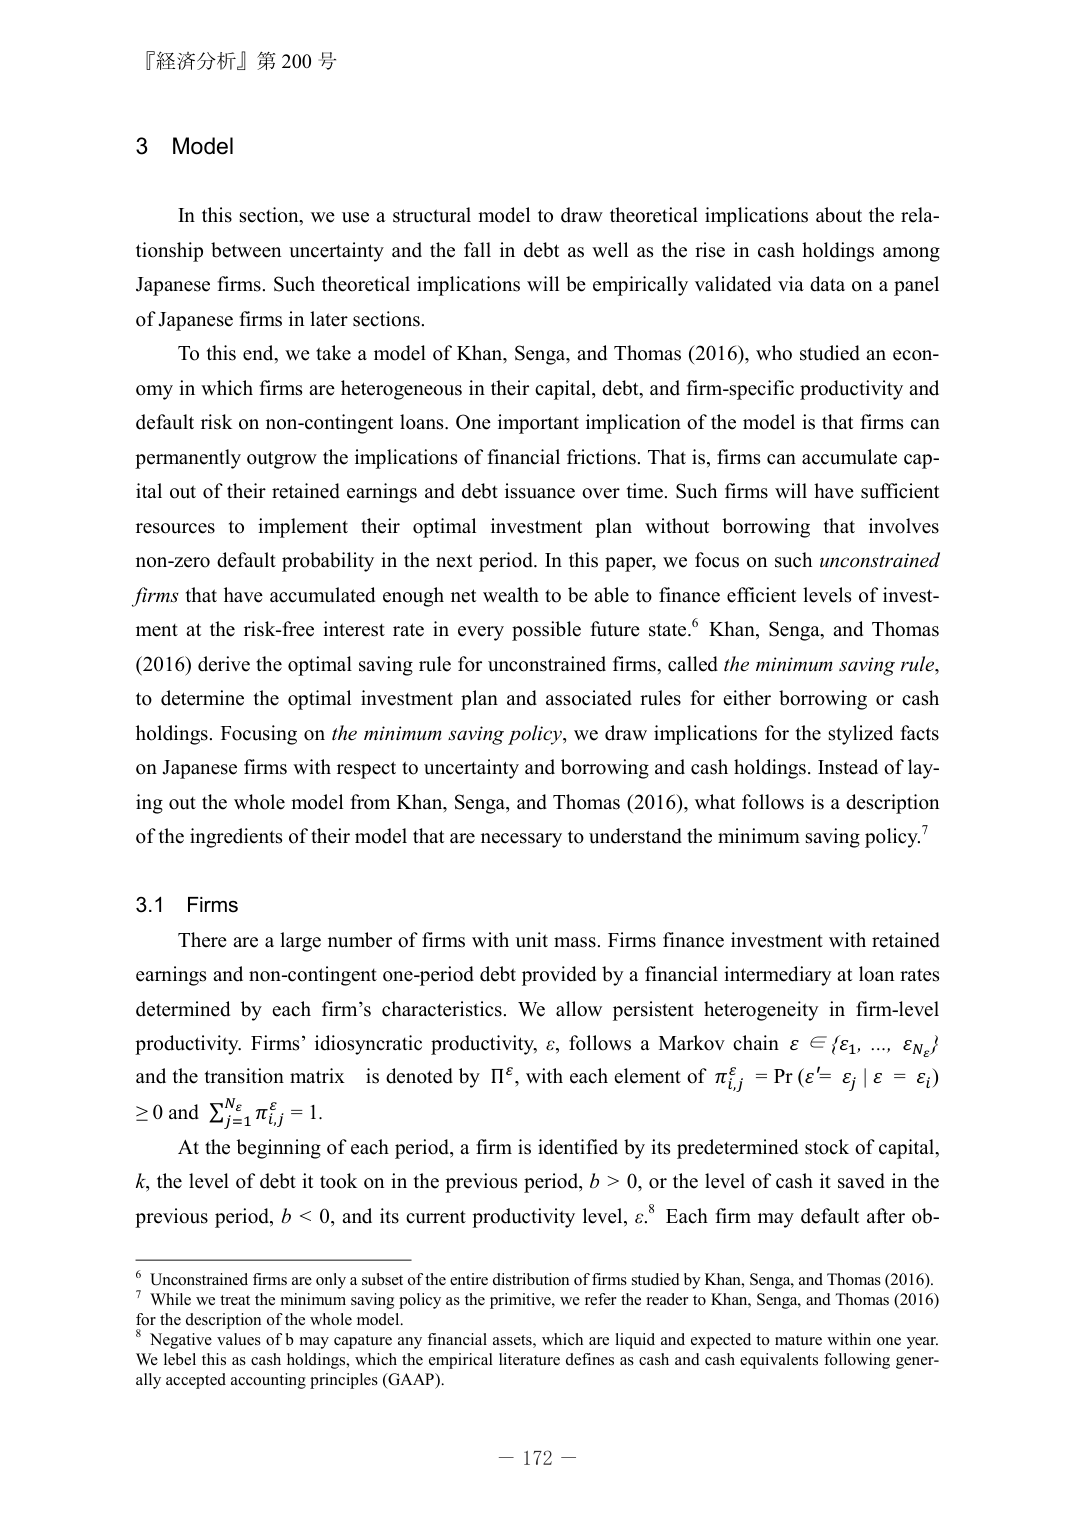
『経済分析』第200号

3 Model

In this section, we use a structural model to draw theoretical implications about the relationship between uncertainty and the fall in debt as well as the rise in cash holdings among Japanese firms. Such theoretical implications will be empirically validated via data on a panel of Japanese firms in later sections.

To this end, we take a model of Khan, Senga, and Thomas (2016), who studied an economy in which firms are heterogeneous in their capital, debt, and firm-specific productivity and default risk on non-contingent loans. One important implication of the model is that firms can permanently outgrow the implications of financial frictions. That is, firms can accumulate capital out of their retained earnings and debt issuance over time. Such firms will have sufficient resources to implement their optimal investment plan without borrowing that involves non-zero default probability in the next period. In this paper, we focus on such unconstrained firms that have accumulated enough net wealth to be able to finance efficient levels of investment at the risk-free interest rate in every possible future state.⁶ Khan, Senga, and Thomas (2016) derive the optimal saving rule for unconstrained firms, called the minimum saving rule, to determine the optimal investment plan and associated rules for either borrowing or cash holdings. Focusing on the minimum saving policy, we draw implications for the stylized facts on Japanese firms with respect to uncertainty and borrowing and cash holdings. Instead of laying out the whole model from Khan, Senga, and Thomas (2016), what follows is a description of the ingredients of their model that are necessary to understand the minimum saving policy.⁷

3.1 Firms

There are a large number of firms with unit mass. Firms finance investment with retained earnings and non-contingent one-period debt provided by a financial intermediary at loan rates determined by each firm’s characteristics. We allow persistent heterogeneity in firm-level productivity. Firms’ idiosyncratic productivity, ε, follows a Markov chain ε ∈ {ε₁,..., εₙₑ} and the transition matrix is denoted by Π^ε, with each element of πᵢⱼ^ε = Pr (ε^t = εⱼ | ε = εᵢ) ≥ 0 and Σⱼ₌₁^Nₑ πᵢⱼ^ε = 1.

At the beginning of each period, a firm is identified by its predetermined stock of capital, k, the level of debt it took on in the previous period, b > 0, or the level of cash it saved in the previous period, b < 0, and its current productivity level, ε.⁸ Each firm may default after ob-

⁶ Unconstrained firms are only a subset of the entire distribution of firms studied by Khan, Senga, and Thomas (2016).
⁷ While we treat the minimum saving policy as the primitive, we refer the reader to Khan, Senga, and Thomas (2016) for the description of the whole model.
⁸ Negative values of b may capture any financial assets, which are liquid and expected to mature within one year. We label this as cash holdings, which the empirical literature defines as cash and cash equivalents following generally accepted accounting principles (GAAP).

— 172 —